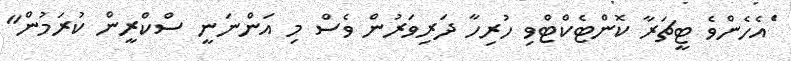
ަެއެހެންވެ ޓީޗަރާ ކޮންޓެކްޓްވި ހުރިހާ ދަރިވަރުން ވެސް މި އަންނަނީ ސްކްރީން ކުރަމުން"